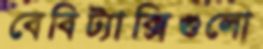
বেবিট্যাক্সিগুলো